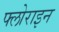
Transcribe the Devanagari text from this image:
फ्लोराइन